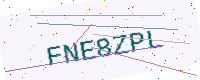
Text: FNE8ZPL